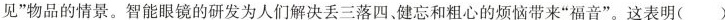
见”物品的情景。智能眼镜的研发为人们解决丢三落四、健忘和粗心的烦恼带来”福音”。这表明( )